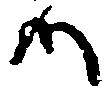
候